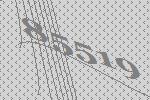
85519